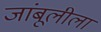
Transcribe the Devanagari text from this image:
जांबूलीला